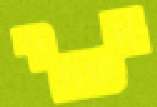
אשחר